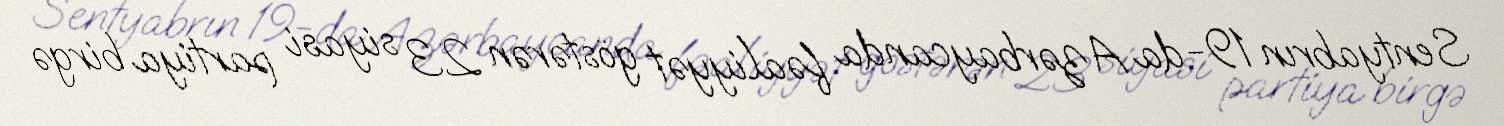
Sentyabrın 19-da Azərbaycanda fəaliyyət göstərən 23 siyasi partiya birgə